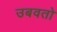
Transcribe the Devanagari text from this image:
उबवतो